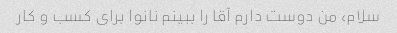
سلام، من دوست دارم آقا را ببینم نانوا برای کسب و کار